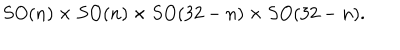
S O ( n ) \times S O ( n ) \times S O ( 3 2 - n ) \times S O ( 3 2 - n ) .